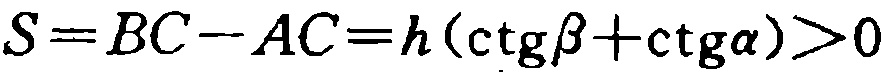
\(S = BC - AC = h(\operatorname{ctg}\beta+\operatorname{ctg}\alpha)>0\)